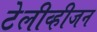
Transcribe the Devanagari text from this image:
टेलीव्हीजन